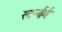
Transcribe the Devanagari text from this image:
स्टर्न्बर्ग